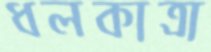
ধলকাত্রা